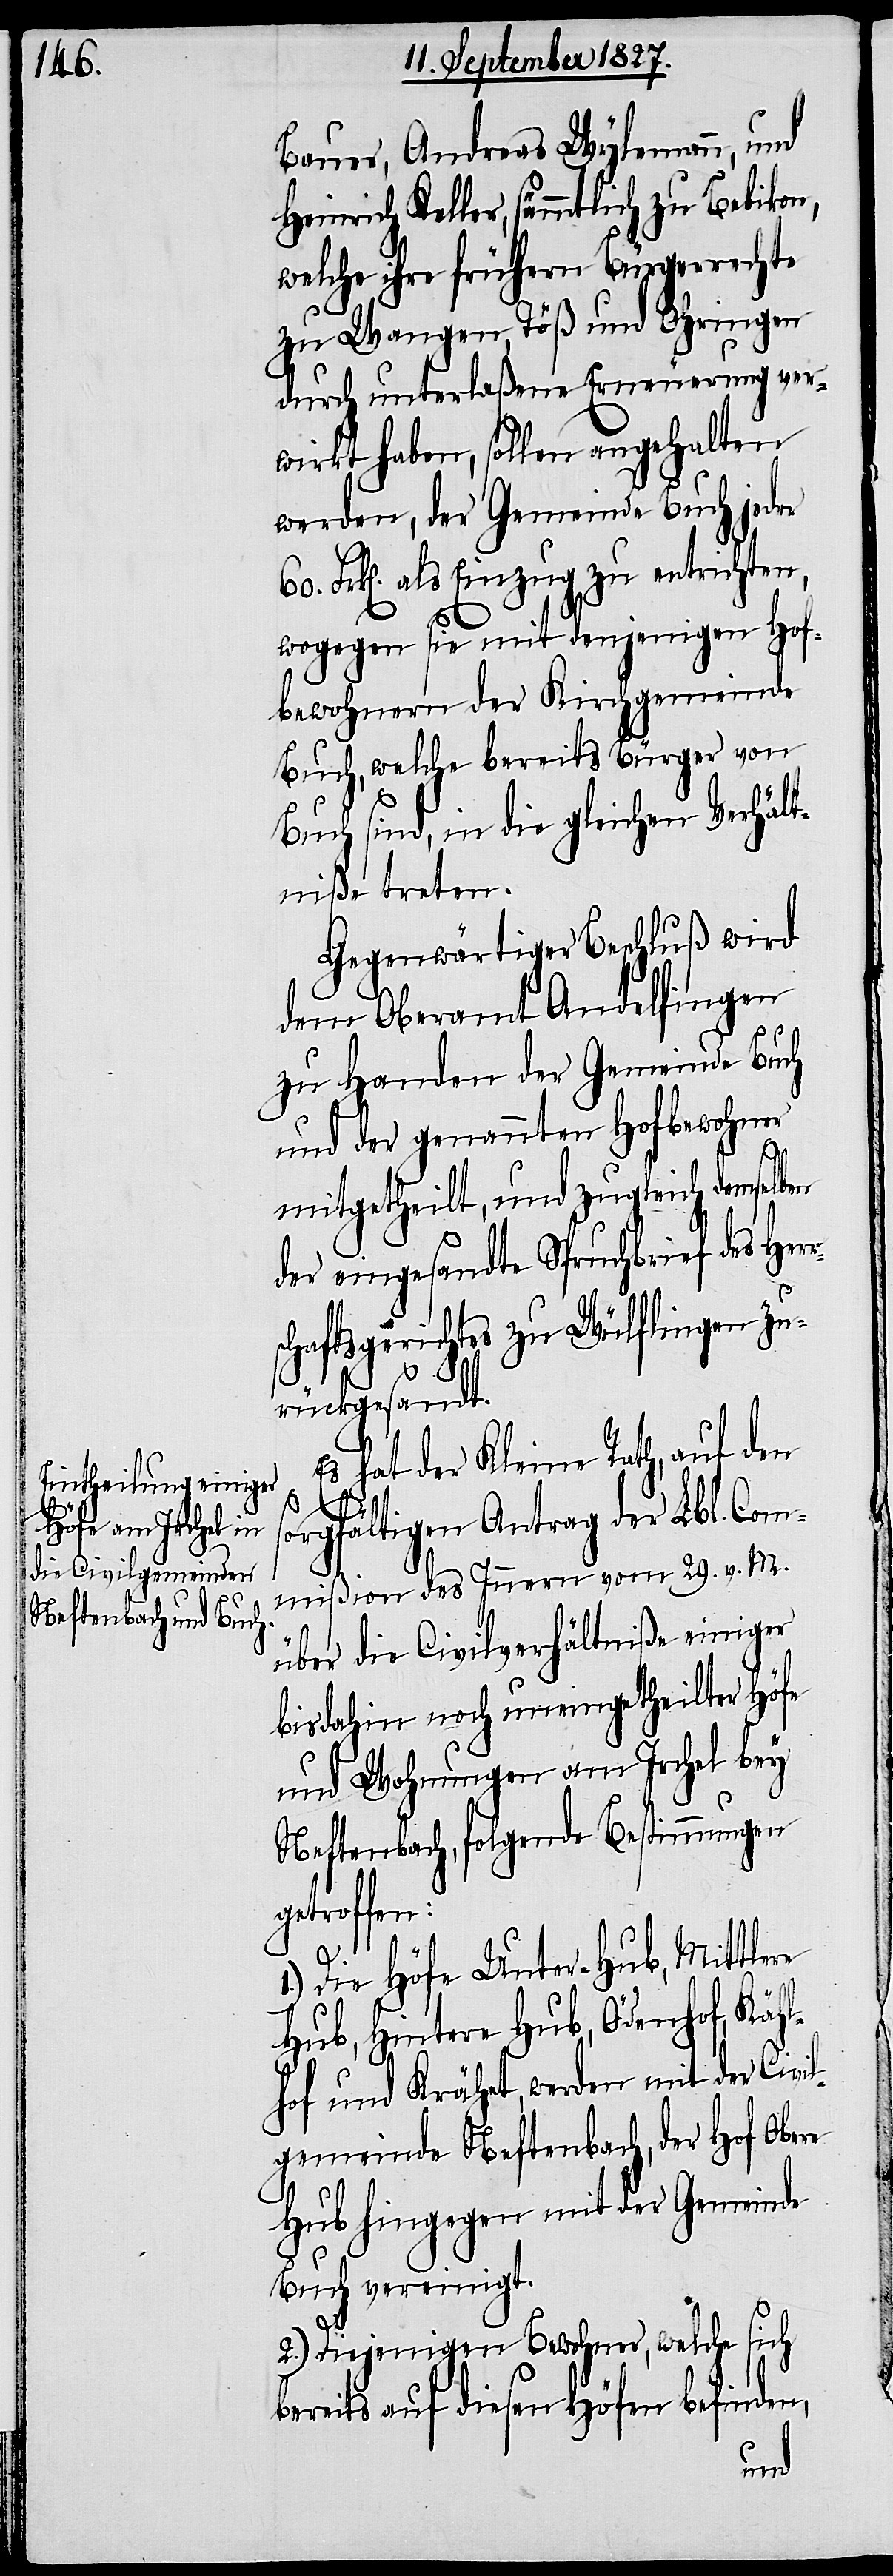
sollen angehalten

Bauer, Andreas Wylemann, und
Keller, sämmtlich zu Bebikon,
welche ihre frühern Bürgerrechte
zu Wangen, Töß und Ohringen
durch unterlaßene Erneuerung ver¬
werden, der Gemeinde Buch jeder
Frk[en]. als Einzug zu entrichten,
wogegen sie mit denjenigen Hof¬
bewohnern der Kirchgemeinde
Buch, welche bereits Bürger von
Buch sind, in die gleichen Verhält¬
niße treten.
Gegenwärtiger Beschluß wird
dem Oberamt Andelfingen
zu Handen der Gemeinde Buch
und der genannten Hofbewohner
mitgetheilt, und zugleich demselben
der eingesandte Spruchbrief des Her¬
schaftsgerichtes zu Wülflingen zu¬
r¬
rückgesandt.
Es hat der Kleine Rath, auf den
sorgfältigen Antrag der Lbl. Com¬
mißion des Innern vom 29. v. M.
über die Civilverhältniße einiger
bis dahin noch uneingetheilter Höfe
und Wohnungen am Irchel bey
Neftenbach, folgende Bestimmungen
getroffen:
1.) Die Höfe Unter-Hub, Mittlere
Hub, Hintere Hub, Ödenhofe, Kähl¬
hof und Krähet, werden mit der Civil¬
gemeinde Neftenbach, der Hof Obere
Hub hingegen mit der Gemeinde
Buch vereinigt.
2.) Diejenigen Bewohner, welche sich
bereits auf diesen Höfen befinden,